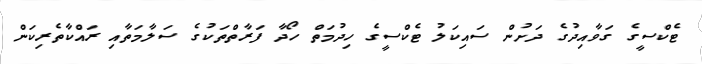
ޓެކްސީގެ ގަވާއިދުގެ ދަށުން ސައިކަލު ޓެކްސީގެ ހިދުމަތް ހޯދާ ފަރާތްތަކުގެ ސަލާމަތާއި ރައްކާތެރިކަން